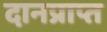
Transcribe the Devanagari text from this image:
दानप्राप्त